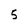
Character: 5